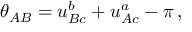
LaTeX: \theta _ { A B } = u _ { B c } ^ { b } + u _ { A c } ^ { a } - \pi \, ,